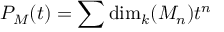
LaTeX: P _ { M } ( t ) = \sum \dim _ { k } ( M _ { n } ) t ^ { n }